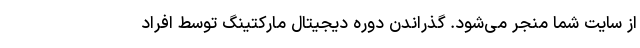
از سایت شما منجر‌ می‌شود. گذراندن دوره دیجیتال مارکتینگ توسط افراد